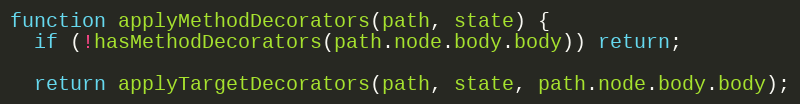
Language: JavaScript
function applyMethodDecorators(path, state) {
  if (!hasMethodDecorators(path.node.body.body)) return;

  return applyTargetDecorators(path, state, path.node.body.body);